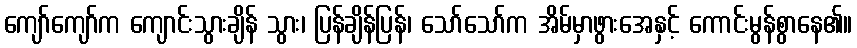
ကျော်ကျော်က ကျောင်းသွားချိန် သွား၊ ပြန်ချိန်ပြန်၊ သော်သော်က အိမ်မှာဖွားအေနှင့် ကောင်းမွန်စွာနေ၏။